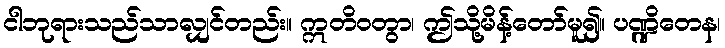
ငါဘုရားသည်သာလျှင်တည်း။ ဣတိဝတွာ၊ ဤသို့မိန့်တော်မူ၍။ ပဏ္ဍိတေန၊